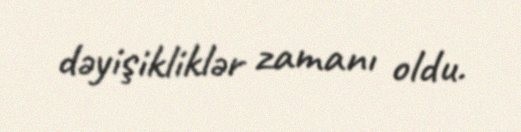
dəyişikliklər zamanı oldu.